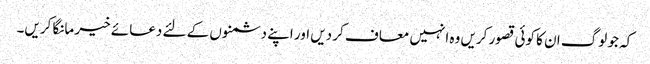
کہ جو لوگ ان کا کوئی قصور کریں وہ انہیں معاف کر دیں اور اپنے دشمنوں کے لئے دعائے خیر مانگا کریں۔